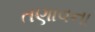
તણાવના